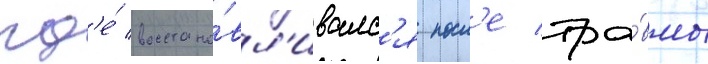
гд'е́ восстана́вл'ивалс'я посл'е тра́вмы